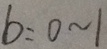
b : 0 \sim 1